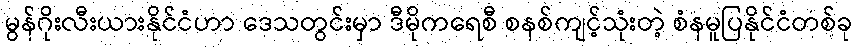
မွန်ဂိုးလီးယားနိုင်ငံဟာ ဒေသတွင်းမှာ ဒီမိုကရေစီ စနစ်ကျင့်သုံးတဲ့ စံနမူပြနိုင်ငံတစ်ခု